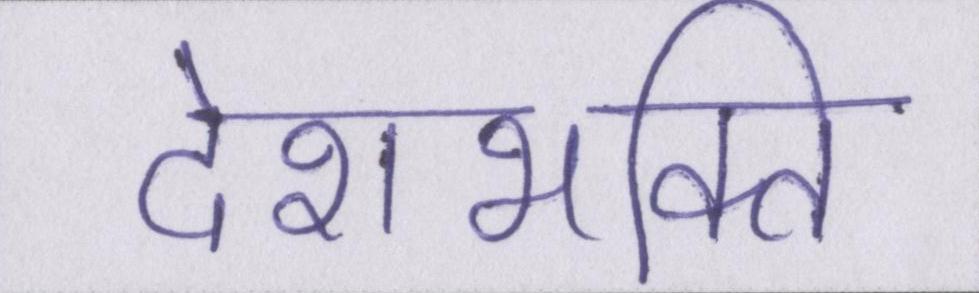
देशभक्ति